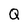
Character: Q